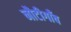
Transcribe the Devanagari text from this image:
नौटीगाँव